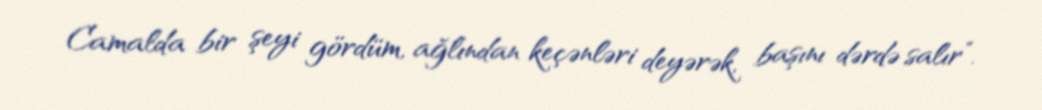
Camalda bir şeyi gördüm, ağlından keçənləri deyərək, başını dərdə salır”.